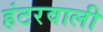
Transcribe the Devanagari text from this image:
हंटरवाली